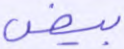
بيض